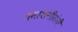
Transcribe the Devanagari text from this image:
तमाशगीरांनी